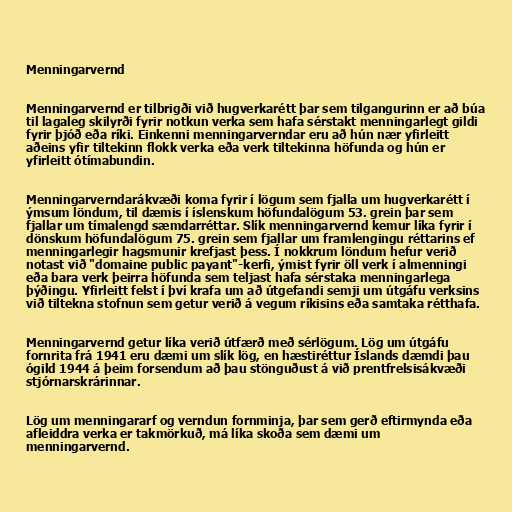
Menningarvernd

Menningarvernd er tilbrigði við hugverkarétt þar sem tilgangurinn er að búa
til lagaleg skilyrði fyrir notkun verka sem hafa sérstakt menningarlegt gildi
fyrir þjóð eða ríki. Einkenni menningarverndar eru að hún nær yfirleitt
aðeins yfir tiltekinn flokk verka eða verk tiltekinna höfunda og hún er
yfirleitt ótímabundin.

Menningarverndarákvæði koma fyrir í lögum sem fjalla um hugverkarétt í
ýmsum löndum, til dæmis í íslenskum höfundalögum 53. grein þar sem
fjallar um tímalengd sæmdarréttar. Slík menningarvernd kemur líka fyrir í
dönskum höfundalögum 75. grein sem fjallar um framlengingu réttarins ef
menningarlegir hagsmunir krefjast þess. Í nokkrum löndum hefur verið
notast við "domaine public payant"-kerfi, ýmist fyrir öll verk í almenningi
eða bara verk þeirra höfunda sem teljast hafa sérstaka menningarlega
þýðingu. Yfirleitt felst í því krafa um að útgefandi semji um útgáfu verksins
við tiltekna stofnun sem getur verið á vegum ríkisins eða samtaka rétthafa.

Menningarvernd getur líka verið útfærð með sérlögum. Lög um útgáfu
fornrita frá 1941 eru dæmi um slík lög, en hæstiréttur Íslands dæmdi þau
ógild 1944 á þeim forsendum að þau stönguðust á við prentfrelsisákvæði
stjórnarskrárinnar.

Lög um menningararf og verndun fornminja, þar sem gerð eftirmynda eða
afleiddra verka er takmörkuð, má líka skoða sem dæmi um
menningarvernd.